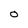
Character: O